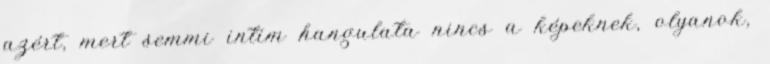
azért, mert semmi intim hangulata nincs a képeknek, olyanok,